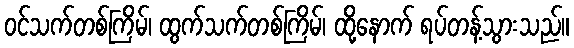
ဝင်သက်တစ်ကြိမ်၊ ထွက်သက်တစ်ကြိမ်၊ ထို့နောက် ရပ်တန့်သွားသည်။